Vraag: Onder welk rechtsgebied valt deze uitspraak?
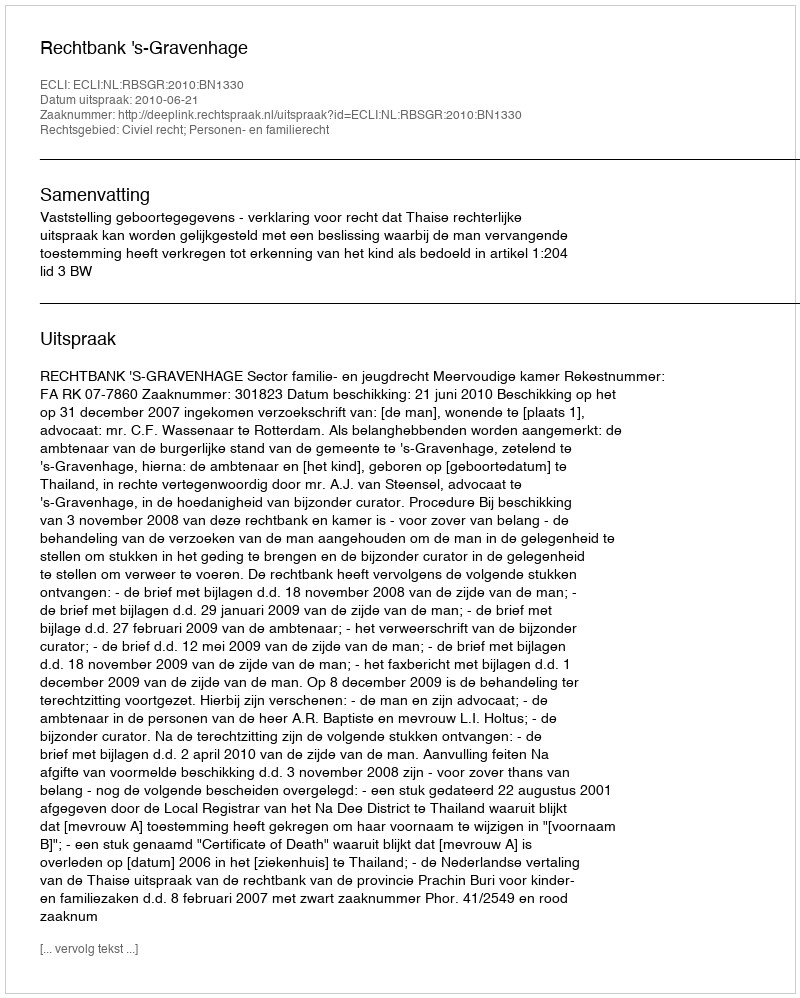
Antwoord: Civiel recht; Personen- en familierecht